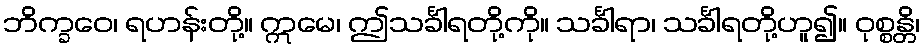
ဘိက္ခဝေ၊ ရဟန်းတို့။ ဣမေ၊ ဤသင်္ခါရတို့ကို။ သင်္ခါရာ၊ သင်္ခါရတို့ဟူ၍။ ဝုစ္စန္တိ၊